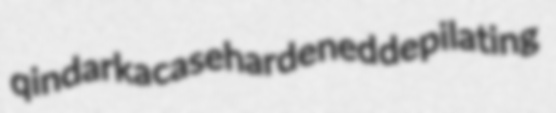
qindarka casehardened depilating